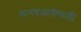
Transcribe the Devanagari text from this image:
मानवजातीसाठी